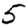
Digit: 5